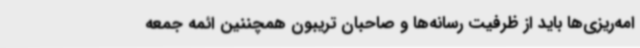
امه‌ریزی‌ها باید از ظرفیت رسانه‌ها و صاحبان تریبون همچننین ائمه جمعه